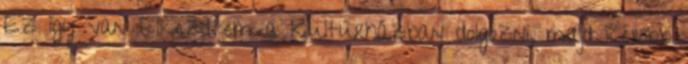
Ez így van Elkezdtem a Kultúrházban dolgozni, majd később